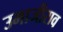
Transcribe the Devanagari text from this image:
उमाजीराव